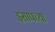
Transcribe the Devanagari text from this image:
इसापच्या